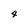
Character: 4